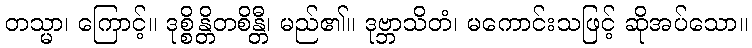
တသ္မာ၊ ကြောင့်။ ဒုစ္စိန္တိတစိန္တီ၊ မည်၏။ ဒုဗ္ဘာသိတံ၊ မကောင်းသဖြင့် ဆိုအပ်သော။